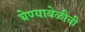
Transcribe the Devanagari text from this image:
घेण्यावेळीची